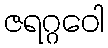
ဇရဂ္ဂဝေါ